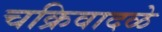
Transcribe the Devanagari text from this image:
चक्रिवादळे